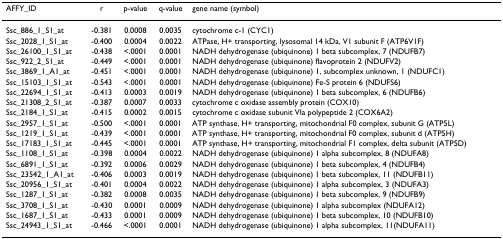
<table><thead><tr><td><b>AFFY_ID</b></td><td><b>r</b></td><td><b>p-value</b></td><td><b>q-value</b></td><td><b>gene name (symbol)</b></td></tr></thead><tbody><tr><td>Ssc_886_1_S1_at</td><td>-0.381</td><td>0.0008</td><td>0.0035</td><td>cytochrome c-1 (CYC1)</td></tr><tr><td>Ssc_2028_1_S1_at</td><td>-0.400</td><td>0.0004</td><td>0.0022</td><td>ATPase, H+ transporting, lysosomal 14 kDa, V1 subunit F (ATP6V1F)</td></tr><tr><td>Ssc_26100_1_S1_at</td><td>-0.438</td><td>&lt;.0001</td><td>0.0001</td><td>NADH dehydrogenase (ubiquinone) 1 beta subcomplex, 7 (NDUFB7)</td></tr><tr><td>Ssc_922_2_S1_at</td><td>-0.449</td><td>&lt;.0001</td><td>0.0001</td><td>NADH dehydrogenase (ubiquinone) flavoprotein 2 (NDUFV2)</td></tr><tr><td>Ssc_3869_1_A1_at</td><td>-0.451</td><td>&lt;.0001</td><td>0.0001</td><td>NADH dehydrogenase (ubiquinone) 1, subcomplex unknown, 1 (NDUFC1)</td></tr><tr><td>Ssc_15103_1_S1_at</td><td>-0.543</td><td>&lt;.0001</td><td>0.0001</td><td>NADH dehydrogenase (ubiquinone) Fe-S protein 6 (NDUFS6)</td></tr><tr><td>Ssc_22694_1_S1_at</td><td>-0.413</td><td>0.0003</td><td>0.0019</td><td>NADH dehydrogenase (ubiquinone) 1 beta subcomplex, 6 (NDUFB6)</td></tr><tr><td>Ssc_21308_2_S1_at</td><td>-0.387</td><td>0.0007</td><td>0.0033</td><td>cytochrome c oxidase assembly protein (COX10)</td></tr><tr><td>Ssc_2184_1_S1_at</td><td>-0.415</td><td>0.0002</td><td>0.0015</td><td>cytochrome c oxidase subunit VIa polypeptide 2 (COX6A2)</td></tr><tr><td>Ssc_2957_1_S1_at</td><td>-0.500</td><td>&lt;.0001</td><td>0.0001</td><td>ATP synthase, H+ transporting, mitochondrial F0 complex, subunit G (ATP5L)</td></tr><tr><td>Ssc_1219_1_S1_at</td><td>-0.439</td><td>&lt;.0001</td><td>0.0001</td><td>ATP synthase, H+ transporting, mitochondrial F0 complex, subunit d (ATP5H)</td></tr><tr><td>Ssc_17183_1_S1_at</td><td>-0.445</td><td>&lt;.0001</td><td>0.0001</td><td>ATP synthase, H+ transporting, mitochondrial F1 complex, delta subunit (ATP5D)</td></tr><tr><td>Ssc_1108_1_S1_at</td><td>-0.398</td><td>0.0004</td><td>0.0022</td><td>NADH dehydrogenase (ubiquinone) 1 alpha subcomplex, 8 (NDUFA8)</td></tr><tr><td>Ssc_6891_1_S1_at</td><td>-0.392</td><td>0.0006</td><td>0.0029</td><td>NADH dehydrogenase (ubiquinone) 1 beta subcomplex, 4 (NDUFB4)</td></tr><tr><td>Ssc_23542_1_A1_at</td><td>-0.406</td><td>0.0003</td><td>0.0019</td><td>NADH dehydrogenase (ubiquinone) 1 beta subcomplex, 11 (NDUFB11)</td></tr><tr><td>Ssc_20956_1_S1_at</td><td>-0.401</td><td>0.0004</td><td>0.0022</td><td>NADH dehydrogenase (ubiquinone) 1 alpha subcomplex, 3 (NDUFA3)</td></tr><tr><td>Ssc_1287_1_S1_at</td><td>-0.382</td><td>0.0008</td><td>0.0035</td><td>NADH dehydrogenase (ubiquinone) 1 beta subcomplex, 9 (NDUFB9)</td></tr><tr><td>Ssc_3708_1_S1_at</td><td>-0.430</td><td>0.0001</td><td>0.0009</td><td>NADH dehydrogenase (ubiquinone) 1 alpha subcomplex (NDUFA12)</td></tr><tr><td>Ssc_1687_1_S1_at</td><td>-0.433</td><td>0.0001</td><td>0.0009</td><td>NADH dehydrogenase (ubiquinone) 1 beta subcomplex, 10 (NDUFB10)</td></tr><tr><td>Ssc_24943_1_S1_at</td><td>-0.466</td><td>&lt;.0001</td><td>0.0001</td><td>NADH dehydrogenase (ubiquinone) 1 alpha subcomplex, 11(NDUFA11)</td></tr></tbody></table>